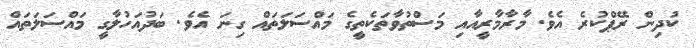
ކުދިން ރޭޕްކުރެ އެވެ. މާރާމާރީއާއި މަސްތުވާތަކެތީގެ މައްސަލަތައް ގިނަ އެވެ. ބަދުއަހުލާގީ މައްސަލަތައް